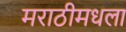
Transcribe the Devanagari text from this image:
मराठीमधला